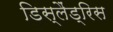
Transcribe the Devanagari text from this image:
डिस्लैंड्रिस